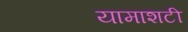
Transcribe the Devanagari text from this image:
यामाशटी